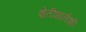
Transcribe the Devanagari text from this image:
शेतीभातीशी